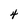
Character: 4